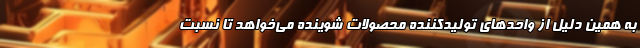
به همین دلیل از واحدهای تولیدکننده محصولات شوینده می‌خواهد تا نسبت